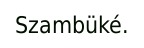
Szambüké.